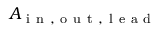
A _ { \mathrm { ~ i ~ n ~ , ~ o ~ u ~ t ~ , ~ l ~ e ~ a ~ d ~ } }